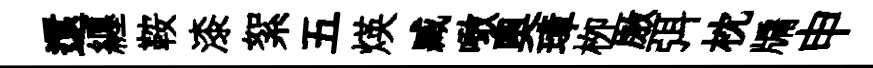
還纒鞍漆絮五煐臧噉奥璋栁厫弭枕牖申